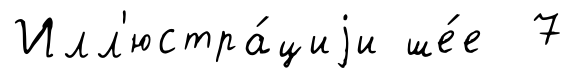
Илл'юстра́циjи ше́е 7